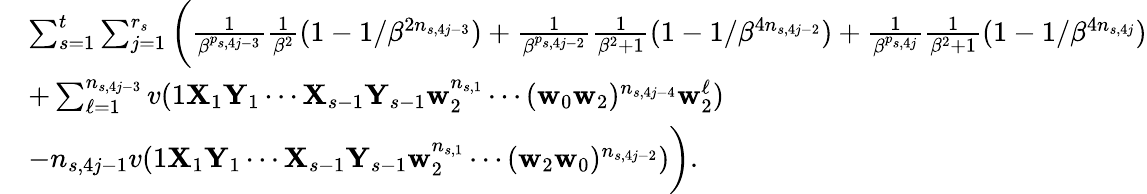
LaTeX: \begin{array}{rl}&{\sum_{s=1}^{t}\sum_{j=1}^{r_{s}}\bigg(\frac 1{\beta^{p_{s,4j-3}}}\frac 1{\beta^{2}}(1-1/\beta^{2n_{s,4j-3}})+\frac 1{\beta^{p_{s,4j-2}}}\frac 1{\beta^{2}+1}(1-1/\beta^{4n_{s,4j-2}})+\frac 1{\beta^{p_{s,4j}}}\frac 1{\beta^{2}+1}(1-1/\beta^{4n_{s,4j}})}\\ &{+\sum_{\ell=1}^{n_{s,4j-3}}v(1\mathbf X_{1}\mathbf Y_{1}\cdots\mathbf X_{s-1}\mathbf Y_{s-1}\mathbf w_{2}^{n_{s,1}}\cdots(\mathbf w_{0}\mathbf w_{2})^{n_{s,4j-4}}\mathbf w_{2}^{\ell})}\\ &{-n_{s,4j-1}v(1\mathbf X_{1}\mathbf Y_{1}\cdots\mathbf X_{s-1}\mathbf Y_{s-1}\mathbf w_{2}^{n_{s,1}}\cdots(\mathbf w_{2}\mathbf w_{0})^{n_{s,4j-2}})\bigg).}\end{array}